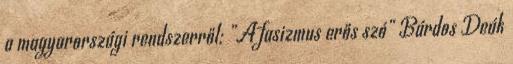
a magyarországi rendszerről: „A fasizmus erős szó” Bárdos Deák